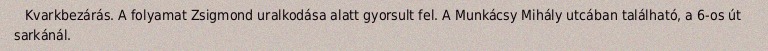
Kvarkbezárás. A folyamat Zsigmond uralkodása alatt gyorsult fel. A Munkácsy Mihály utcában található, a 6-os út sarkánál.